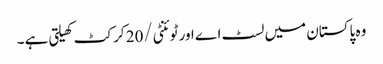
وہ پاکستان میں لسٹ اے اور ٹوئنٹی/20 کرکٹ کھیلتی ہے۔